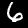
Digit: 6